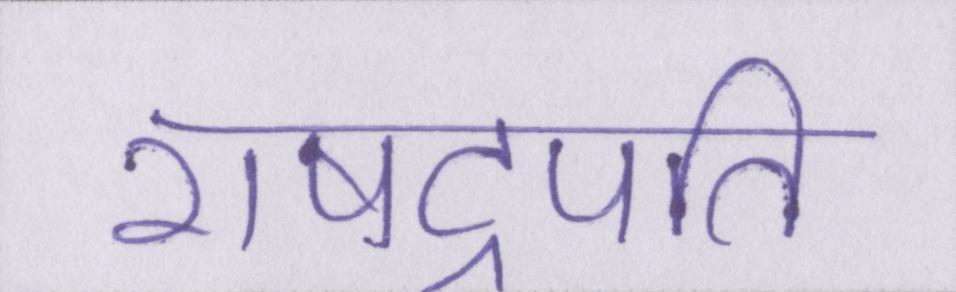
राषट्रपति